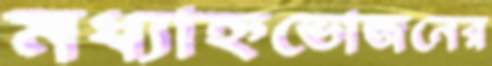
মধ্যাহ্নভোজনের